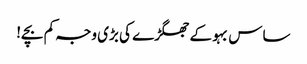
ساس بہو کے جھگڑے کی بڑی وجہ کم بچے!